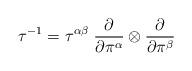
LaTeX: \begin{align*}\tau^{-1} = \tau^{\alpha\beta}\; {\partial\over\partial\pi^\alpha}\otimes{\partial\over\partial\pi^\beta}\end{align*}